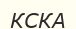
КСКА